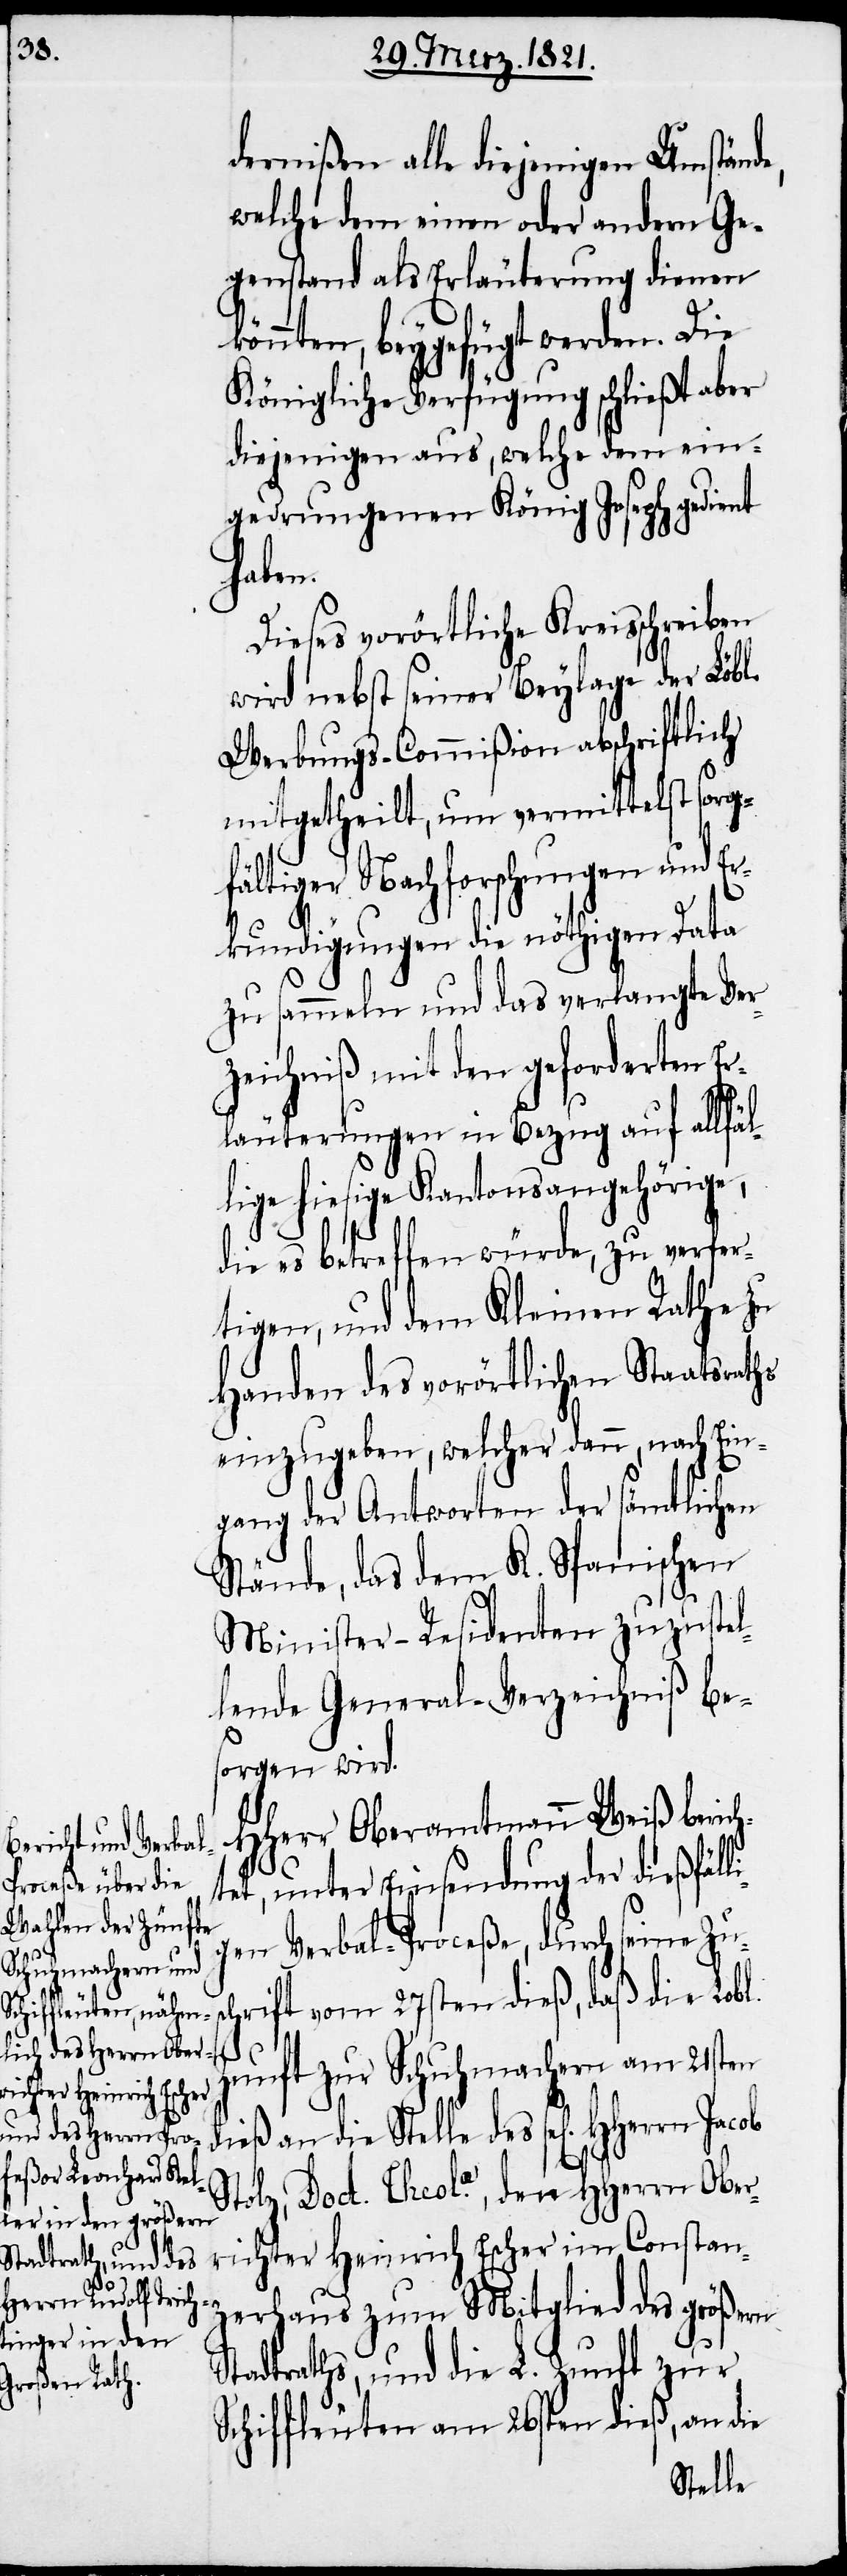
dernißen alle diejenigen Umstände,
welche dem einen oder andern Ge¬
genstand als Erläuterung dienen
könnten, beygefügt werden. Die
Königliche Verfügung schließt aber
diejenigen aus, welche dem ein¬
gedrungenen König Joseph gedient
haben.
Dieses vorörtliche Kreisschreiben
wird nebst seiner Beylage der Löbl.
Uebungs-Commißion abschriftlich
mitgetheilt, um vermittelst sorg¬
fältiger Nachforschungen und Er¬
kundigungen die nöthigen Data
zu sammeln und das verlangte Ver¬
zeichniß mit den geforderten Er¬
S¬
läuterungen in Bezug auf allfäl¬
lige hiesige Kantonsangehörige,
die es betreffen würde, zu verfer¬
tigen, und dem Kleinen Rathe zu
Handen des vorörtlichen Staatsraths
einzugeben, welcher dann, nach Ein¬
gang der Antworten der sämtlichen
Stände, das dem K. Spanischen
Minister-Residenten zuzustel¬
lende General-Verzeichniß bes¬
orgen wird.
HHerr Oberamtmann Weiß berich¬
tet, unter Einsendung der dießfäll¬
igen Verbal-Proceße, durch seine Zu¬
rift vom 27sten dieß, daß die Lobl.
Zunft zur Schuhmachern am 21sten
dieß an die Stelle des sel[igen]
Stolz, Doct. Theol.æ, den HHerrn Ober¬
richter Heinrich Escher im Constan¬
zerhaus zum Mitglied des größern
tadtraths, und die L. Zunft zur
Schiffleuten am 26sten dieß, an die